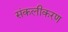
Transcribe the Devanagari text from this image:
संकलीकरण